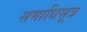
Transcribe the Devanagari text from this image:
समाधिसूत्र